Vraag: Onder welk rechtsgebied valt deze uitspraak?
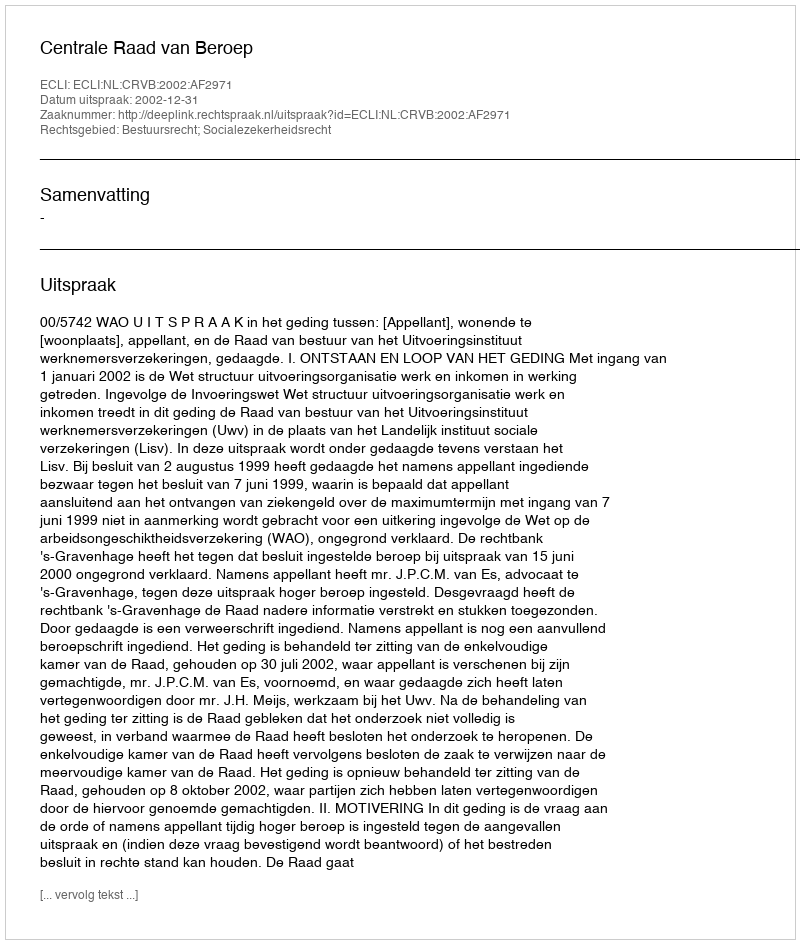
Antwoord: Bestuursrecht; Socialezekerheidsrecht